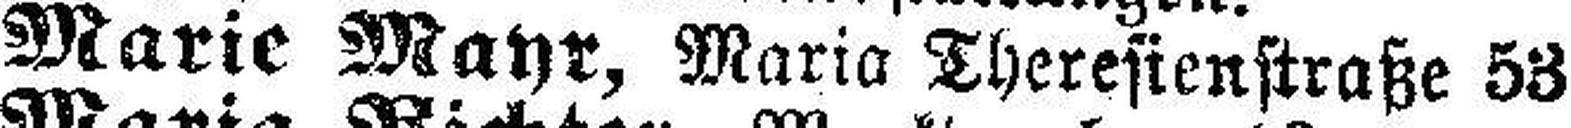
Marie Mayr, Maria Theresienstraße 53